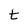
Character: t